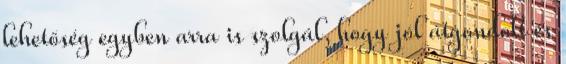
lehetőség egyben arra is szolgál, hogy jól átgondolt és